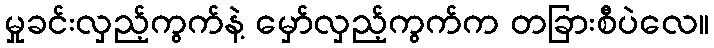
မှုခင်းလှည့်ကွက်နဲ့ မှော်လှည့်ကွက်က တခြားစီပဲလေ။